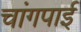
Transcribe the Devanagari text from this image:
चांगपाई